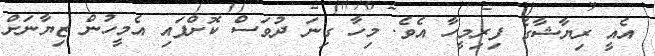
އެއީ ރިޔާޝާގެ ފިރިމީހާ އެވެ. މިހާ ގިނަ ދުވަސް ކޮށްފައި އެމީހުން ޒިޔާނަށް